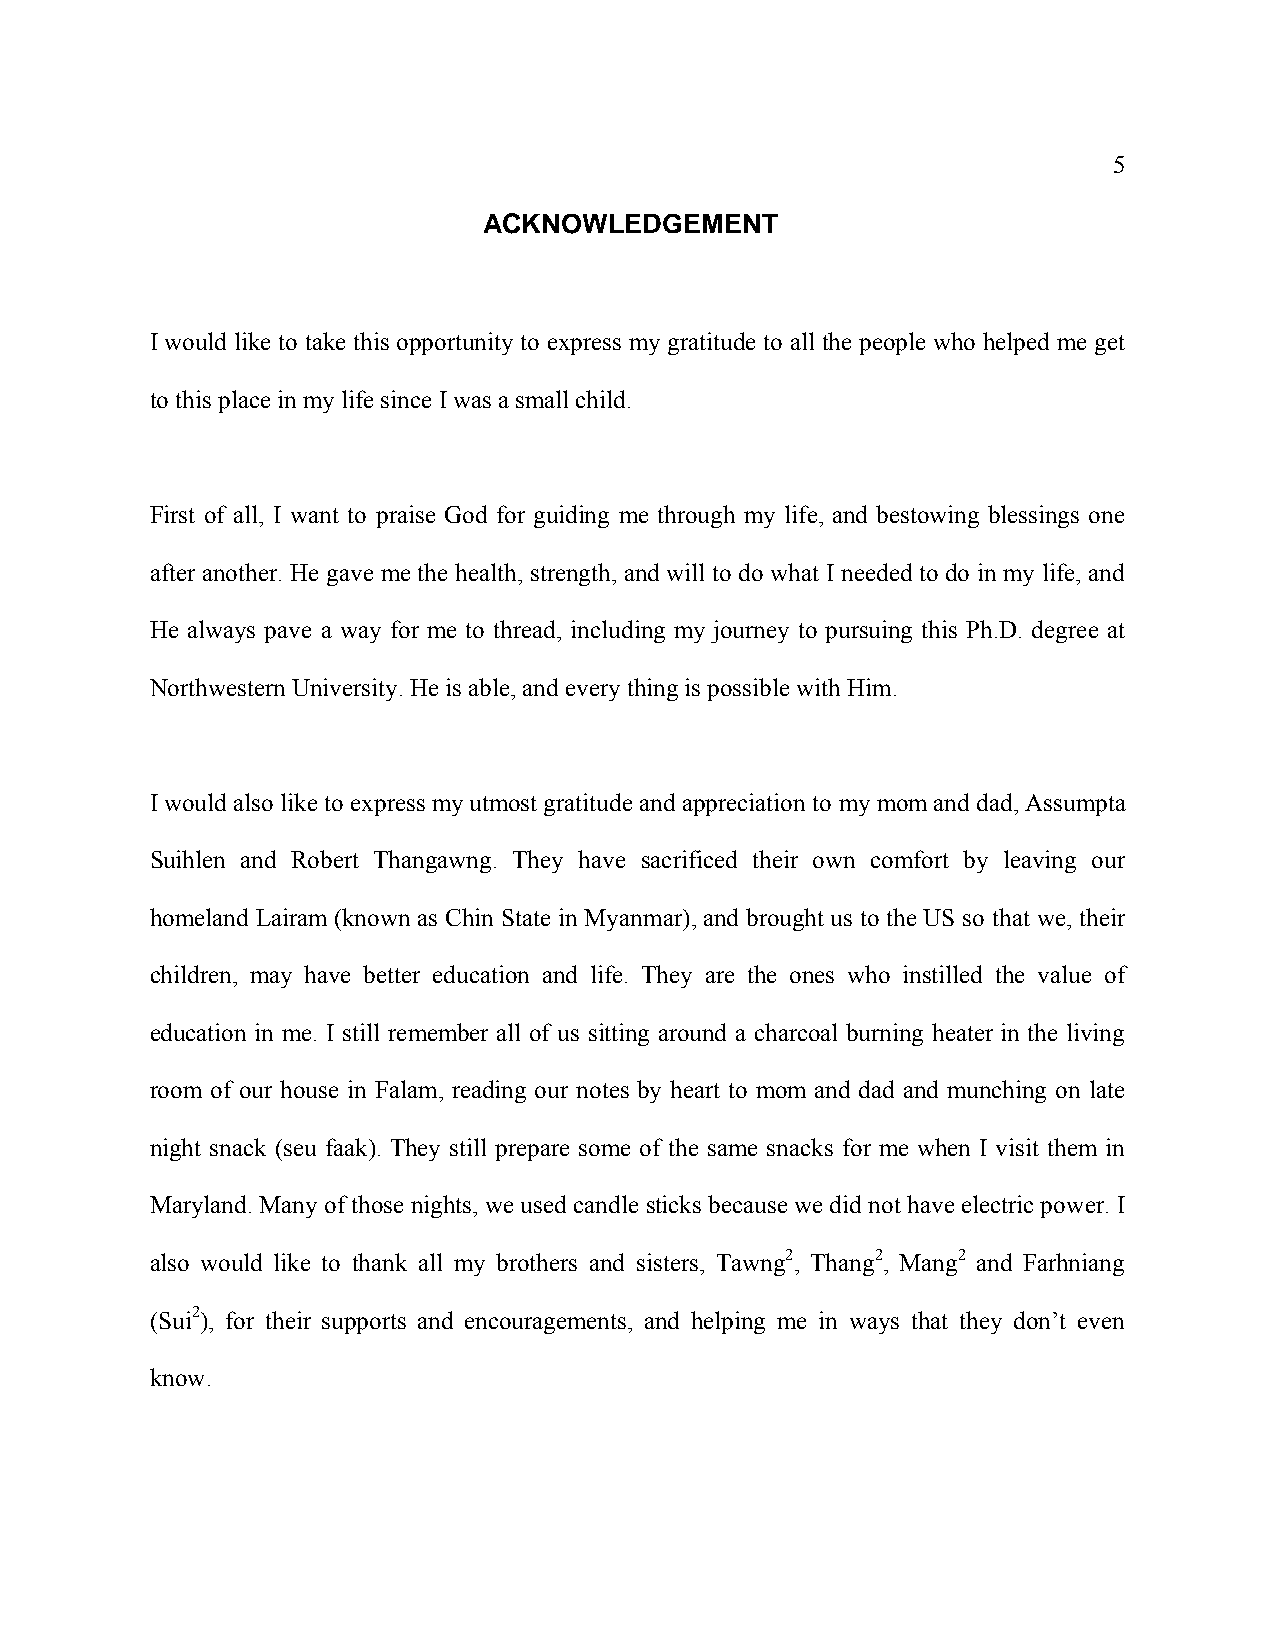
5
 ACKNOWLEDGEMENT
 I would like to take this opportunity to express my gratitude to all the people who helped me get
 to this place in my life since I was a small child.
 First of all, I want to praise God for guiding me through my life, and bestowing blessings one
 after another. He gave me the health, strength, and will to do what I needed to do in my life, and
 He always pave a way for me to thread, including my journey to pursuing this Ph.D. degree at
 Northwestern University. He is able, and every thing is possible with Him.
 I would also like to express my utmost gratitude and appreciation to my mom and dad, Assumpta
 Suihlen and Robert Thangawng. They have sacrificed their own comfort by leaving our
 homeland Lairam (known as Chin State in Myanmar), and brought us to the US so that we, their
 children, may have better education and life. They are the ones who instilled the value of
 education in me. I still remember all of us sitting around a charcoal burning heater in the living
 room of our house in Falam, reading our notes by heart to mom and dad and munching on late
 night snack (seu faak). They still prepare some of the same snacks for me when I visit them in
 Maryland. Many of those nights, we used candle sticks because we did not have electric power. I
 also would like to thank all my brothers and sisters, Tawng2, Thang2, Mang2 and Farhniang
 (Sui2), for their supports and encouragements, and helping me in ways that they don’t even
 know.